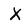
Character: X